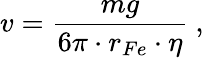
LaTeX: v=\frac{mg}{6\pi\cdot r_{Fe}\cdot\eta}~,